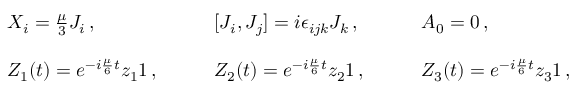
\begin{array} { l l l } { { X _ { i } = \textstyle { \frac { \mu } { 3 } } J _ { i } \, , ~ ~ ~ } } & { { ~ ~ ~ [ J _ { i } , J _ { j } ] = i \epsilon _ { i j k } J _ { k } \, , ~ ~ ~ } } & { { ~ ~ ~ A _ { 0 } = 0 \, , } } \\ { { { } } } & { { { } } } & { { { } } } \\ { { Z _ { 1 } ( t ) = e ^ { - i \frac { \mu } { 6 } t } z _ { 1 } { 1 } \, , ~ ~ ~ } } & { { ~ ~ ~ Z _ { 2 } ( t ) = e ^ { - i \frac { \mu } { 6 } t } z _ { 2 } { 1 } \, , ~ ~ ~ } } & { { ~ ~ ~ Z _ { 3 } ( t ) = e ^ { - i \frac { \mu } { 6 } t } z _ { 3 } { 1 } \, , } } \end{array}